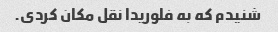
شنیدم که به فلوریدا نقل مکان کردی.